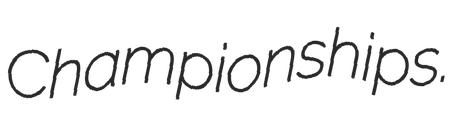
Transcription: Championships.